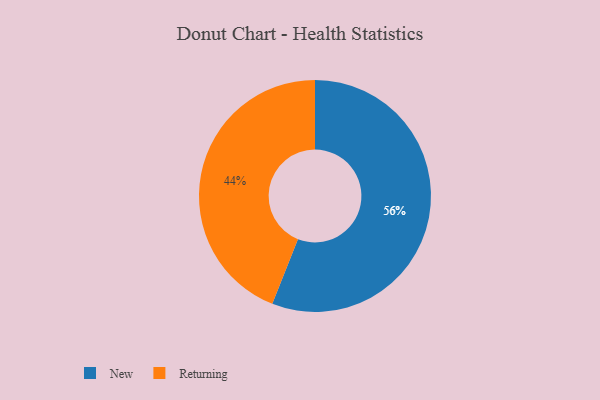
{"axis": {"x": "Category", "y": "Percentage"}, "legend": ["New", "Returning"], "data": [{"x": "New", "y": 56, "type": "New"}, {"x": "Returning", "y": 44, "type": "Returning"}]}